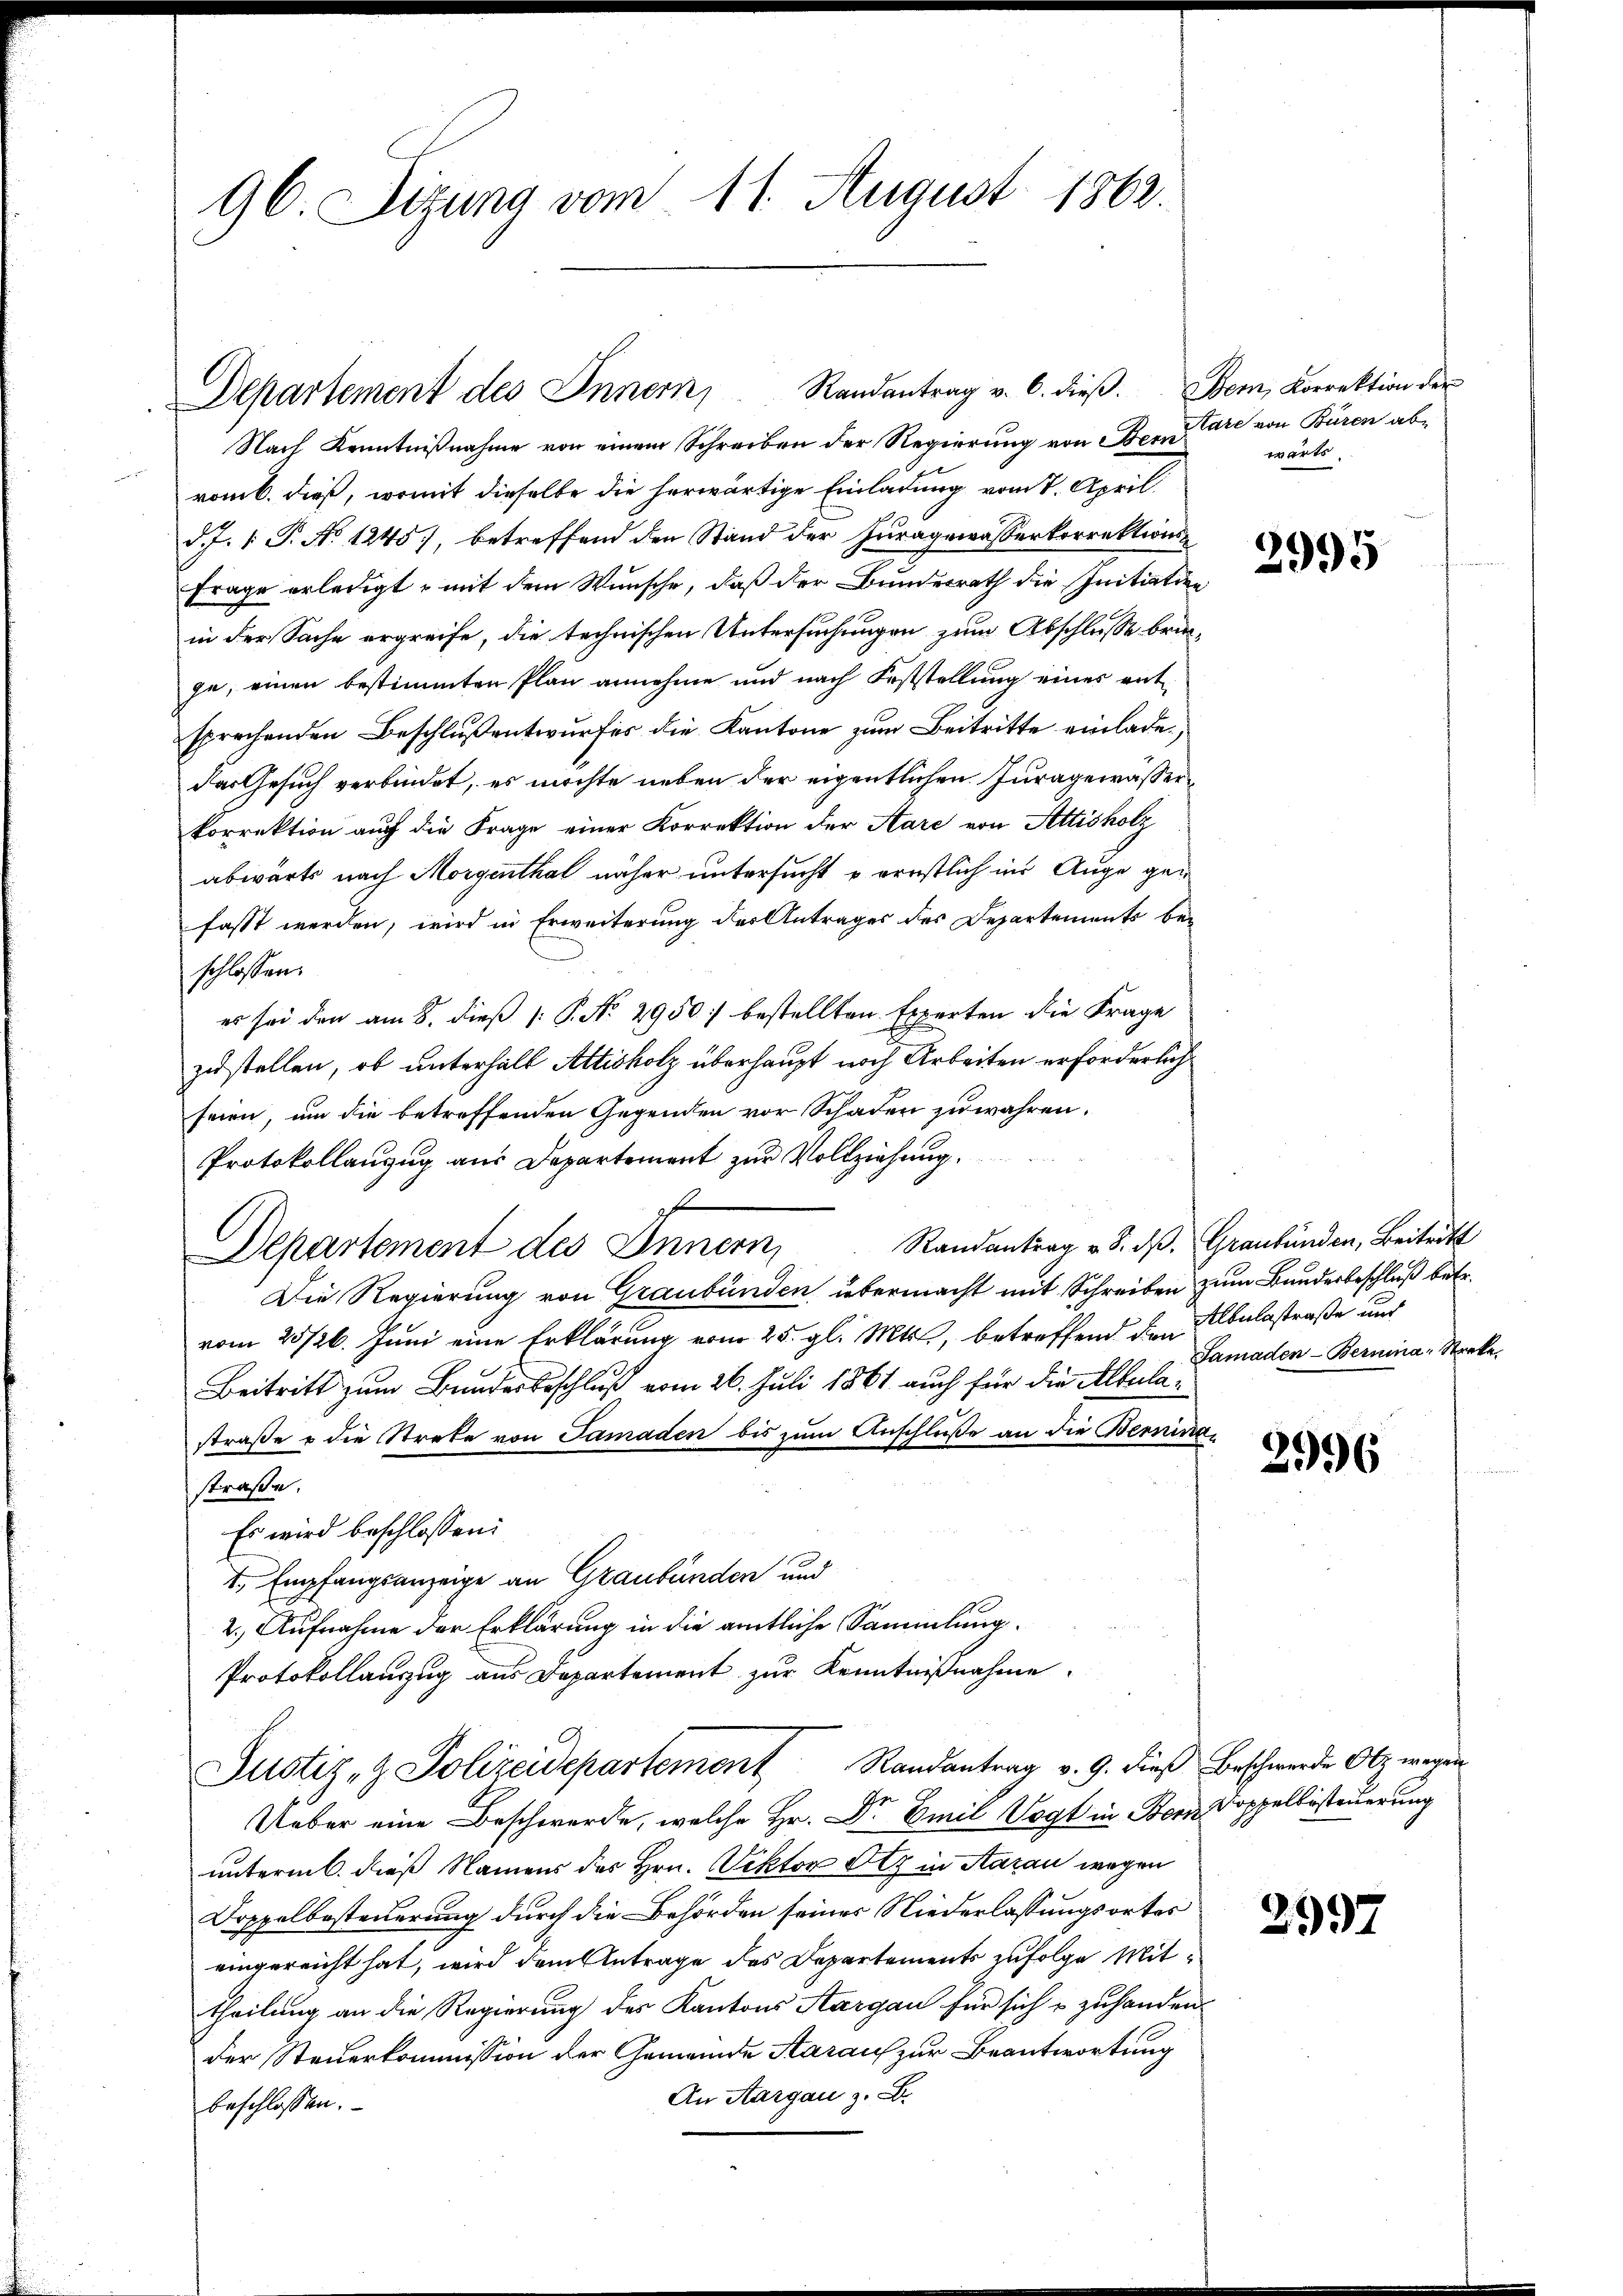
96. Sizung vom 11. August 1862.

Nach Kenntnißnahme von einem Schreiben der Regierung von Bern
vom 6. dieß, womit dieselbe die herwärtige Einladung vom 7. April
d. J. P. No 1245), betreffend den Stand der Juragewässerkorrektions-
Frage erledigt, mit dem Wunsche, daß der Bundesrath die Initiation
in der Sache ergreife, die technischen Untersuchungen zum Abschlusse bringe, einen bestimmten Plan annehme und nach Feststellung eines entsprechenden Beschluß entwurfes die Kantone zum Beitritte einlade.
das Gesuch verbindet, es möchte neben der eigentlichen Juragewässer
korrektion auch die Frage einer Korrektion der Aare von Attisholz
abwärts nach Morgenthal näher untersucht u ernstlich ins Auge gefasst werden, wird in Erweiterung des Antrages des Departements beschlossen:
es sei den am 8. dieß 1: P. No 2950 bestellten Experten die Frage
zustellen, ob unterhalb Altisholz überhaupt noch Arbeiten erforderlich
seien, um die betreffenden Gegenden vor Schaden zu währen.
Protokollanzug aus Departement zur Vollziehung
Randantrag v. 8. ds. Graubünden, Beitritt
Departement des Innern,
Die Regierung von Graubünden übermacht mit Schreiben zum Bunderbeschluß betr.
vom 20/26. Juni eine Erklärung vom 25. gl. Mts., betreffend den belastraße und
Beitritt zum Bundesbeschluß vom 26. Juli 1861 auch für die Alterlastraße & die Streke von Samaden bis zum Anschluße an die Berninastraße.
Es wird beschlossen:
1., Empfangsanzeige an Graubünden und
2.) Aufnahme der Erklärung in die amtliche Sammlung.
Protokollauszug aus Departement zur Kenntnißnahme
Justiz- & Polizeidepartement Randantrag v. 9. dieβ beschwerde Otz wegen
Ueber eine Beschwerde, welche Hr. Dr Emil Vogt in Bon Doppellisteuerung
unterm 6. dieß Namens des Hrn. Viktor Otz in Aarau wegen
Doppelbesteuerung durch die Behörden seiner Niederlassungsortes
eingereicht hat, wird dem Antrage des Departements zufolge Mittheilung an die Regierung des Kantons Aargau für sich u zuhanden.
der Steuerkommission der Gemeinde Aaraus zur Beantwortung
An Aargau z. B.
beschlossen:

Departement des Innern Randantrag v. 6. dieβ. Dem Korrektion der

Aare von Büren ab
wärts

2995

Samaden-Bernina Streke

2996

2997